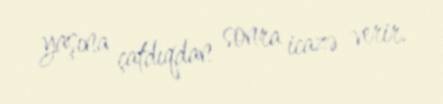
yaşına çatdıqdan sonra icazə verir.